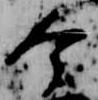
令